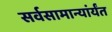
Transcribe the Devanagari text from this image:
सर्वसामान्यांर्यंत